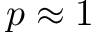
p \approx 1